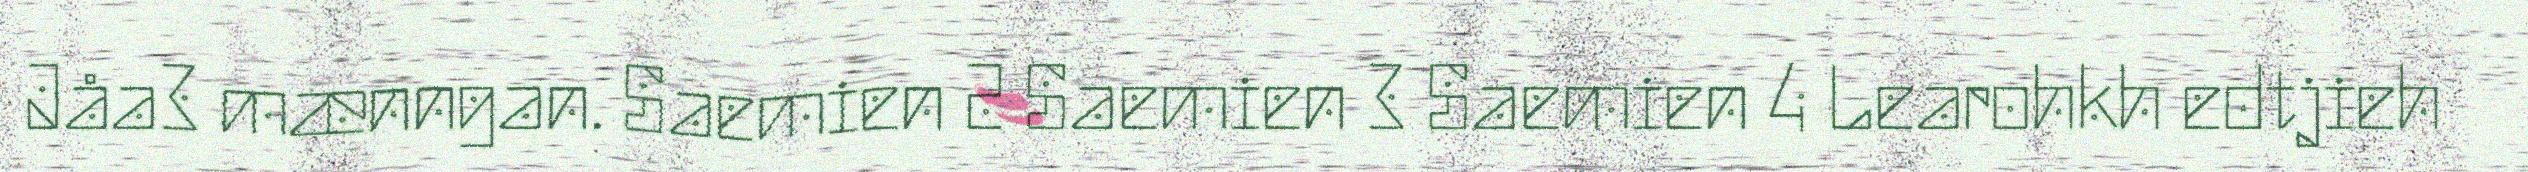
Jåa3 mænngan. Saemien 2 Saemien 3 Saemien 4 Learohkh edtjieh